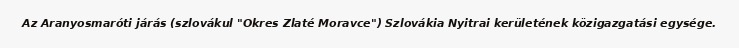
Az Aranyosmaróti járás (szlovákul "Okres Zlaté Moravce") Szlovákia Nyitrai kerületének közigazgatási egysége.